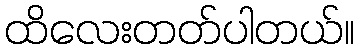
ထိလေးတတ်ပါတယ်။